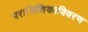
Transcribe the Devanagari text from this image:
परात्रिशिकाविवरण